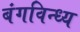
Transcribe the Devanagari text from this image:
बंगविन्ध्य